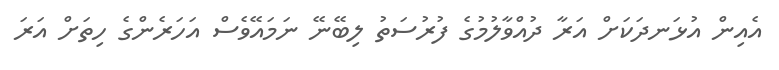
އެއިން އުޅަނދަކަށް އަރާ ދުއްވާލުމުގެ ފުރުސަތު ލިބޭނޭ ނަމައޭވެސް އަހަރެންގެ ހިތަށް އަރަ